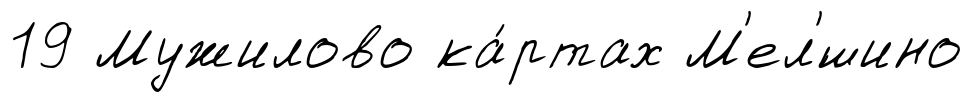
19 Мужилово ка́ртах М'ел'́шино